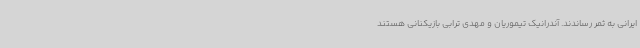
ایرانی به ثمر رساندند. آندرانیک تیموریان و مهدی ترابی بازیکنانی هستند